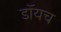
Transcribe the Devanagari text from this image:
डॉयच